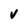
Character: v